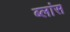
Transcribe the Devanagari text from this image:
ब्लांस